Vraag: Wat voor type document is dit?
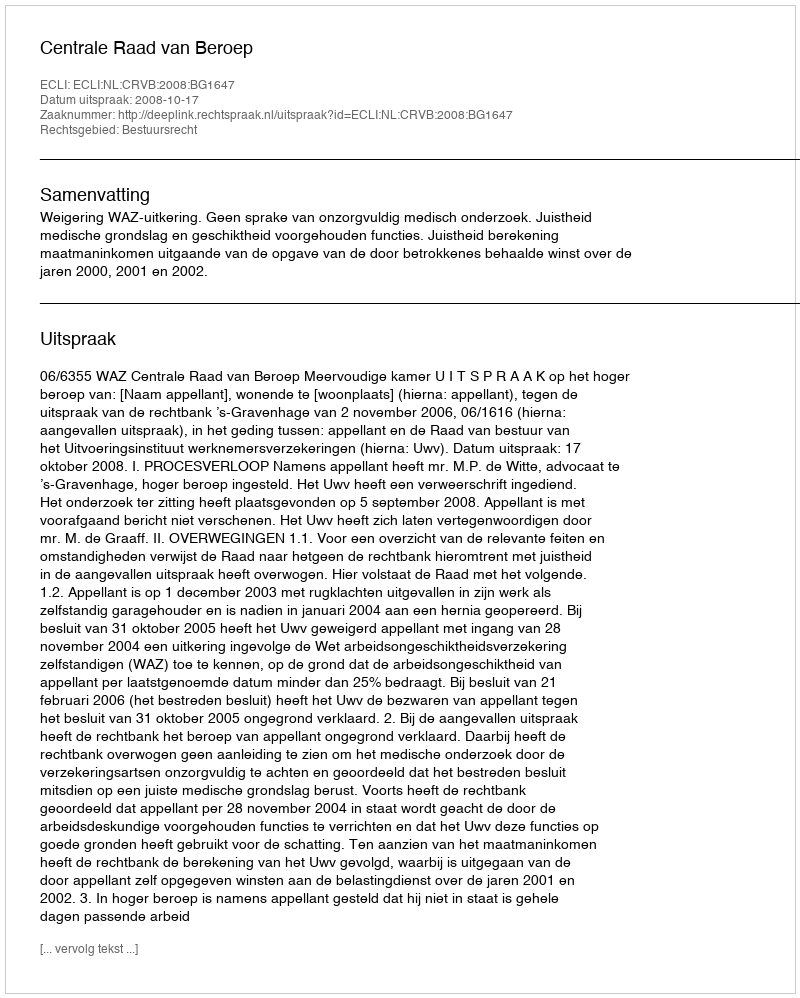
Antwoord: Uitspraak